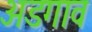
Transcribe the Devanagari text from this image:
अडगाव